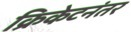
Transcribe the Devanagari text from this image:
क्रिकेटनंतर